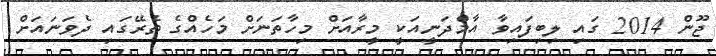
ޖޫން 2014 ގައި ލިބިފައިވާ އާމްދަނީއަކީ މީރާއަށް މިހާތަނަށް މަހެއްގެ ތެރޭގައި ދެވަނައަށް